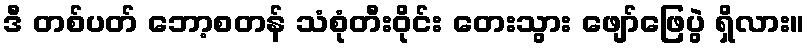
ဒီ တစ်ပတ် ဘော့စတန် သံစုံတီးဝိုင်း တေးသွား ဖျော်ဖြေပွဲ ရှိလား။